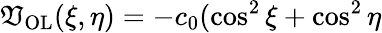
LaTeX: \mathfrak{V}_{\textrm{{OL}}}(\xi,\eta)=-c_{0}(\cos^{2}\xi+\cos^{2}\eta